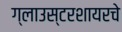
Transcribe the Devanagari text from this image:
ग्लाउस्टरशायरचे